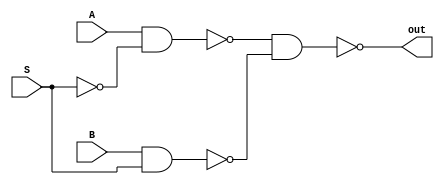
module mux2_1(A, B, S, out);

  input A, B; 
  input S;
  output out;

  wire nand1, nand2;

  assign nand1 = ~(A & (~S));
  assign nand2 = ~(B & S);

  assign out = ~(nand1 & nand2);
endmodule